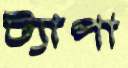
ট্যাপা